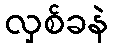
လှစ်ခနဲ